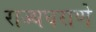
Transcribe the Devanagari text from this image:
राज्यघराणे